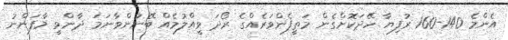
އެންމެ 140-160 ރުފިޔާ ހޭދަކޮށްގެން މަތީފެންވަރެއްގެ ރޯދަ ވީއްލުމެއް ބޭނުންވާނަމަ ދާންވީ މާފަންނު